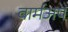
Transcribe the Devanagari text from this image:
वार्मअप